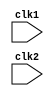
module pipe_MIPS16 (clk1, clk2); 
input clk1, clk2; // Two-phase clock 
reg [15:0] PC, IF_ID_IR, IF_ID_NPC, RR_EX_NPC, EX_MEM_NPC, MEM_WB_NPC, RR_EX_IR; 
reg [15:0] ID_RR_IR, ID_RR_NPC, RR_EX_A, RR_EX_B, ID_RR_Imm, RR_EX_Imm; 
reg [2:0] ID_RR_type, RR_EX_type, EX_MEM_type, MEM_WB_type; 
reg [15:0] EX_MEM_IR, EX_MEM_ALUOut, EX_MEM_A; 
reg EX_MEM_cond; 
reg [15:0] MEM_WB_IR, MEM_WB_ALUOut, MEM_WB_LMD;
reg [15:0] ID_RR_JMP_ADDRESS; // JUMP Address 
reg [15:0] Reg [0:7]; // Register bank (16 x 8) 
reg [15:0] Mem [0:1023]; // 1024 x 32 memory
reg Carry, Zero; // Carry Flag and Zero Flag
 
parameter ADDR=4'b0001, ADI=4'b0000, NAND=4'b0010, LW=4'b0100, SW=4'b0101, LM=4'b1100, SM=4'b1101, LA=4'b1110, SA=4'b1111, BEQ=4'b1000, JAL=4'b1001, JLR=4'b1010, JRI=4'b1011;  
parameter RR_ALU=3'b000, RI_ALU=3'b001, LOAD=3'b010, STORE=3'b011, BRANCH=3'b100, JUMP=3'b101;
parameter ADD=2'b00, ADC=2'b01, ADZ=2'b10, ADL=2'b11, NDU=2'b00, NDC=2'b01, NDZ=2'b10;
//reg HALTED;  // Set after HLT instruction is completed (in WB stage) 
reg TAKEN_BRANCH, TAKEN_JUMP; // Required to disable instructions after branch
 
always @(posedge clk1) begin // IF (Instruction Fetch) Stage 
 //if (HALTED == 0) 
// begin 
  if ((EX_MEM_IR[15:12] == BEQ) && (EX_MEM_cond == 1)) begin
    IF_ID_IR <= #2 Mem[EX_MEM_ALUOut]; 
    TAKEN_BRANCH <= #2 1'b1;
//    TAKEN_JUMP <= #2 1'b0; 
    IF_ID_NPC <= #2 EX_MEM_ALUOut + 1; 
    PC <= #2 EX_MEM_ALUOut + 1; 
  end
  //else if (TAKEN_JUMP) begin
  else if ((ID_RR_IR[15:12]==4'b1001)||(ID_RR_IR[15:12]==4'b1010)||(ID_RR_IR[15:12]==4'b1011)) begin
    IF_ID_IR <= #2 Mem[ID_RR_JMP_ADDRESS];
    TAKEN_BRANCH <= #2 1'b0;
//    TAKEN_JUMP <= #2 1'b1;
    IF_ID_NPC <= #2 ID_RR_JMP_ADDRESS + 1; 
    PC <= #2 ID_RR_JMP_ADDRESS + 1;
  end 
  else begin 
    IF_ID_IR <= #2 Mem[PC];
    TAKEN_BRANCH <= #2 1'b0;
//    TAKEN_JUMP <= #2 1'b0; 
    IF_ID_NPC <= #2 PC + 1; 
    PC <= #2 PC + 1; 
  end
//  if ((IF_ID_IR[15:12]==4'b1001) || (IF_ID_IR[15:12]==4'b1011))
//  ID_RR_Imm <= #2 {{7{IF_ID_IR[8]}}, {IF_ID_IR[8:0]}};
//  else ID_RR_Imm <= #2 {{10{IF_ID_IR[5]}}, {IF_ID_IR[5:0]}};
end
 
always @(posedge clk2) begin // ID (Instruction Decode) Stage
//  if (HALTED == 0) 
// begin 
//  if (IF_ID_IR[11:9] == 3'b000) ID_RR_A <= 0; 
//  else ID_RR_A <= #2 Reg[IF_ID_IR[11:9]]; // "rs" 
//  if (IF_ID_IR[8:6] == 3'b000) ID_RR_B <= 0; 
//  else ID_RR_B <= #2 Reg[IF_ID_IR[8:6]]; // "rt" 
  ID_RR_NPC <= #2 IF_ID_NPC; 
  ID_RR_IR <= #2 IF_ID_IR;
  if ((IF_ID_IR[15:12]==4'b1001) || (IF_ID_IR[15:12]==4'b1011))
  ID_RR_Imm <= #2 {{7{IF_ID_IR[8]}}, {IF_ID_IR[8:0]}};
  else ID_RR_Imm <= #2 {{10{IF_ID_IR[5]}}, {IF_ID_IR[5:0]}};

  case (IF_ID_IR[15:12]) 
    ADDR, NAND: begin
      ID_RR_type <= #2 RR_ALU;
      TAKEN_JUMP <= #2 1'b0;
    end
    ADI: begin
      ID_RR_type <= #2 RI_ALU;
      TAKEN_JUMP <= #2 1'b0;
    end
    LW: begin
      ID_RR_type <= #2 LOAD;
      TAKEN_JUMP <= #2 1'b0;
    end
    SW: begin
      ID_RR_type <= #2 STORE;
      TAKEN_JUMP <= #2 1'b0;
    end
    BEQ: begin
      ID_RR_type <= #2 BRANCH;
      TAKEN_JUMP <= #2 1'b0;
    end 
    JAL: begin
      ID_RR_type <= #2 JUMP;
      TAKEN_JUMP <= #2 1'b1;
      ID_RR_JMP_ADDRESS <= #2 (IF_ID_NPC - 1) + {{7{IF_ID_IR[8]}}, {IF_ID_IR[8:0]}};
    end
    JLR: begin
      ID_RR_type <= #2 JUMP;
      TAKEN_JUMP <= #2 1'b1;
      ID_RR_JMP_ADDRESS <= #2 Reg[IF_ID_IR[8:6]];
    end
    JRI: begin
      ID_RR_type <= #2 JUMP;
      TAKEN_JUMP <= #2 1'b1;
      ID_RR_JMP_ADDRESS <= #2 Reg[IF_ID_IR[11:9]] + {{7{IF_ID_IR[8]}}, {IF_ID_IR[8:0]}};
    end
    default: ID_RR_type <= #2 3'b111; // Invalid opcode
  endcase
end

always @(posedge clk1) begin //RR (Register Read) Stage
  RR_EX_NPC <= #2 ID_RR_NPC;
  RR_EX_IR <= #2 ID_RR_IR;
  RR_EX_type <= #2 ID_RR_type;
  RR_EX_Imm <= #2 ID_RR_Imm;
  if (ID_RR_IR[11:9] == 3'b000) RR_EX_A <= #2 0; 
  else RR_EX_A <= #2 Reg[ID_RR_IR[11:9]]; // "rs" 
  if (ID_RR_IR[8:6] == 3'b000) RR_EX_B <= #2 0; 
  else RR_EX_B <= #2 Reg[ID_RR_IR[8:6]]; // "rt"
end
 
always @(posedge clk2) begin // EX (Execution) Stage 
// if (HALTED == 0) 
// begin
  EX_MEM_NPC <= #2 RR_EX_NPC;
  EX_MEM_type <= #2 RR_EX_type; 
  EX_MEM_IR <= #2 RR_EX_IR;
//  EX_MEM_Imm <= #2 RR_EX_Imm
//  TAKEN_BRANCH <= #2 0; 
  case (RR_EX_type) 
    RR_ALU: begin 
      case (RR_EX_IR[15:12]) // "opcode" 
        ADDR: begin
          case (RR_EX_IR[1:0])
            ADD: {Carry,EX_MEM_ALUOut} <= #2 RR_EX_A + RR_EX_B;
            ADC: begin
              if (Carry) {Carry,EX_MEM_ALUOut} <= #2 RR_EX_A + RR_EX_B;
              else {Carry,EX_MEM_ALUOut} <= {Carry,EX_MEM_ALUOut};
            end
            ADZ: begin
              if (Zero) {Carry,EX_MEM_ALUOut} <= #2 RR_EX_A + RR_EX_B;
              else {Carry,EX_MEM_ALUOut} <= {Carry,EX_MEM_ALUOut};
            end
            ADL: {Carry,EX_MEM_ALUOut} <= #2 RR_EX_A + (2*RR_EX_B);
          endcase
        end
        NAND: begin
          case (RR_EX_IR[1:0])
            NDU: EX_MEM_ALUOut <= #2 ~(RR_EX_A & RR_EX_B);
            NDC: begin
              if (Carry) EX_MEM_ALUOut <= #2 ~(RR_EX_A & RR_EX_B);
              else EX_MEM_ALUOut <= EX_MEM_ALUOut;
            end
            NDZ: begin
              if (Zero) EX_MEM_ALUOut <= #2 ~(RR_EX_A & RR_EX_B);
              else EX_MEM_ALUOut <= EX_MEM_ALUOut;
            end
          endcase
        end
        //default: EX_MEM_ALUOut <= #2 16'hxxxxxxxx; 
      endcase
    end
  
    RI_ALU: {Carry,EX_MEM_ALUOut} <= #2 RR_EX_A + RR_EX_Imm; // ADI Instruction  
  
    LOAD, STORE: begin 
      EX_MEM_ALUOut <= #2 RR_EX_B + RR_EX_Imm; 
      EX_MEM_A <= #2 RR_EX_A; 
    end

    BRANCH: begin 
      EX_MEM_ALUOut <= #2 RR_EX_NPC + RR_EX_Imm; 
      EX_MEM_cond <= #2 (RR_EX_A == RR_EX_B); 
    end

    JUMP: begin
      case (RR_EX_IR[15:12])
        JAL: EX_MEM_ALUOut <= #2 (RR_EX_NPC - 1) + RR_EX_Imm;
        JLR: EX_MEM_ALUOut <= #2 RR_EX_B;
        JRI: EX_MEM_ALUOut <= #2 RR_EX_A + RR_EX_Imm;
      endcase
    end

    default: EX_MEM_ALUOut <= #2 16'hxxxx;
  endcase
end
 
always @(posedge clk1) begin // MEM (Memory Access) Stage 
// if (HALTED == 0) 
// begin
  MEM_WB_NPC <= #2 EX_MEM_NPC;
  MEM_WB_type <= #2 EX_MEM_type; 
  MEM_WB_IR <= #2 EX_MEM_IR; 
  case (EX_MEM_type) 
    RR_ALU, RI_ALU: begin
      MEM_WB_ALUOut <= #2 EX_MEM_ALUOut;
      if (EX_MEM_ALUOut == 16'h0000) Zero <= #2 1'b1;
      else Zero <= #2 1'b0;
    end
    LOAD: begin
      MEM_WB_LMD <= #2 Mem[EX_MEM_ALUOut];
      if (Mem[EX_MEM_ALUOut]==16'h0000) Zero <= #2 1'b1;
      else Zero <= #2 1'b0;
    end
    STORE: if (TAKEN_BRANCH == 0) Mem[EX_MEM_ALUOut] <= #2 EX_MEM_A; // Disable write
    //JUMP: 
  endcase
end 
 
always @(posedge clk2) begin // WB (Writeback) Stage
  if (TAKEN_BRANCH == 0) begin // Disable write if branch taken 
    case (MEM_WB_type) 
      RR_ALU: Reg[MEM_WB_IR[5:3]] <= #2 MEM_WB_ALUOut; // "rd" 
      RI_ALU: Reg[MEM_WB_IR[8:6]] <= #2 MEM_WB_ALUOut; // "rt" 
      LOAD: Reg[MEM_WB_IR[11:9]] <= #2 MEM_WB_LMD; // "rt" 
      JUMP: if ((MEM_WB_IR[15:12]==4'b1001)||(RR_EX_NPC[15:12]==4'b1010)) Reg[MEM_WB_IR[11:9]] <= #2 MEM_WB_NPC; 
    endcase
  end
end

endmodule